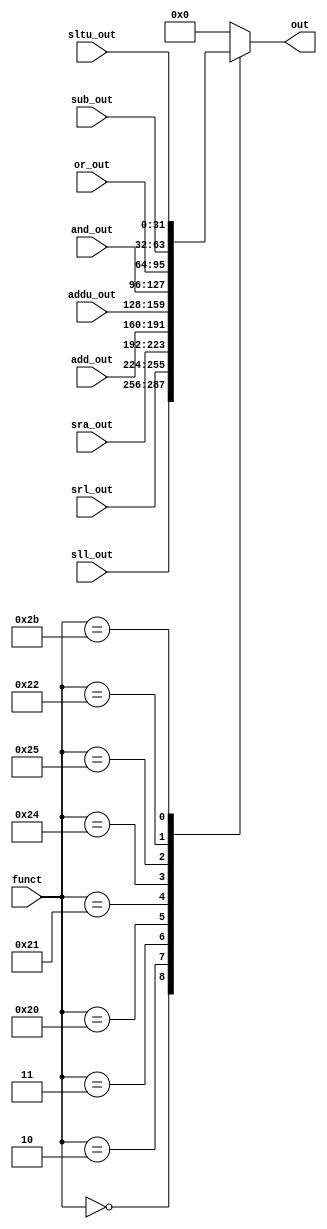
//https://github.com/uttu357/alu-8bit/blob/master/four_to_one_mux.v
//https://stackoverflow.com/questions/23203576/continuous-assignment-verilog
module nine_to_one_mux(funct, sll_out, srl_out, sra_out, add_out, addu_out, and_out, or_out, sub_out, sltu_out, out);

input [5:0] funct;
input [31:0] sll_out, srl_out, sra_out, add_out, addu_out, and_out, or_out, sub_out, sltu_out;
output reg [31:0] out;

reg [5:0] x; 

always@(*) begin
	x = funct;
	case (x[5:0])
	  6'b000000 : out = sll_out;
	  6'b000010 : out = srl_out;
	  6'b000011 : out = sra_out;
	  6'b100000 : out = add_out;
	  6'b100001 : out = addu_out;
	  6'b100100 : out = and_out;
	  6'b100101 : out = or_out;
	  6'b100010 : out = sub_out;
	  6'b101011 : out = sltu_out;
	  default   : out = 32'b00000000000000000000000000000000;
	endcase
end


endmodule